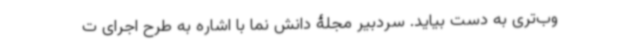
وب‌تری به دست بیاید. سردبیر مجلۀ دانش نما با اشاره به طرح اجرای ت